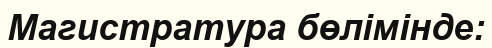
Магистратура бөлімінде: